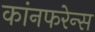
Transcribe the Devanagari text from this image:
कांनफरेन्स